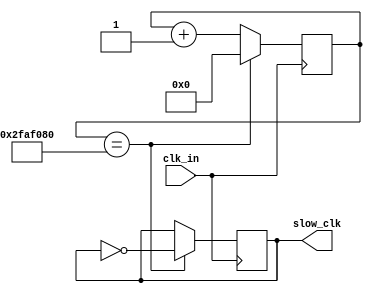
`timescale 1ns / 1ps
//////////////////////////////////////////////////////////////////////////////////
// Company: 
// Engineer: 
// 
// Design Name: 
// Module Name: clk_div
// Project Name: 
// Target Devices: 
// Tool Versions: 
// Description: 
// 
// Dependencies: 
// 
// Revision:
// Revision 0.01 - File Created
// Additional Comments:
// 
//////////////////////////////////////////////////////////////////////////////////


module slow_clk(input clk_in, output slow_clk);
reg[25:0] count=0;
reg clk_out;
always @(posedge clk_in)
begin
count<=count+1;
if(count == 50000000)
begin
count<=0;
clk_out = ~clk_out;
end
end

assign slow_clk= clk_out;

endmodule